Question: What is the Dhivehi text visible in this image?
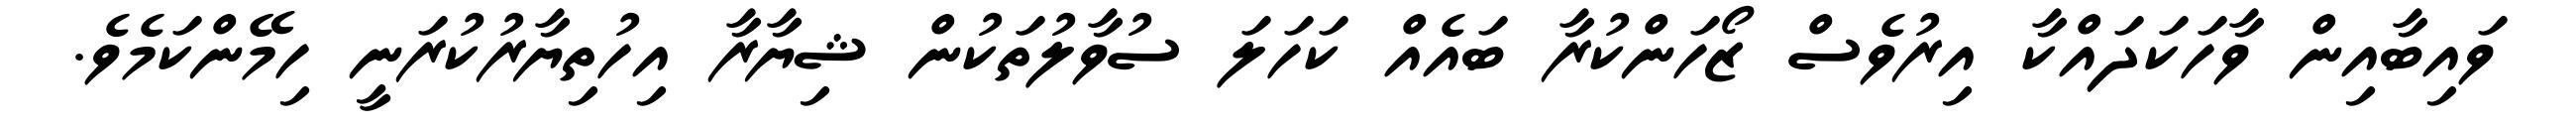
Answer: ވައިބާއިން ވާހަކަދައްކާ އިރުވެސް ޒޯހަންކުރާ ބައެއް ކަހަލަ ސުވާލުތަކުން ޝިޔާރާ އިހުތިޔާރުކުރަނީ ހިމޭންކަމެވެ.